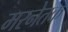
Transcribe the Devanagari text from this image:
मरनेतक